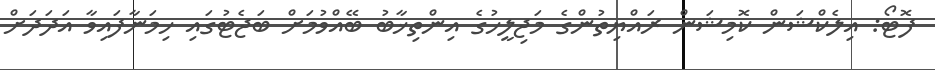
ފޮޓޯ: އިލެކްޝަން ކޮމިޝަން ރައްޔިތުންގެ މަޖިލީހުގެ އިންތިޚާބު ބޭއްވުމަށް ބަޖެޓުގައި ހިމަނާފައިވާ އަދަދަށް